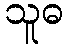
သူဓ